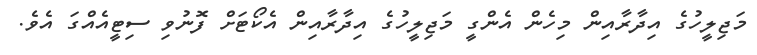
މަޖިލީހުގެ އިދާރާއިން މިހެން އެންގީ މަޖިލީހުގެ އިދާރާއިން އެކޯޓަށް ފޮނުވި ސިޓީއެއްގަ އެވެ.